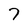
Character: 7